Lunatic asylums United Provinces 1909-1921 - 1909-1921
Year: 1909
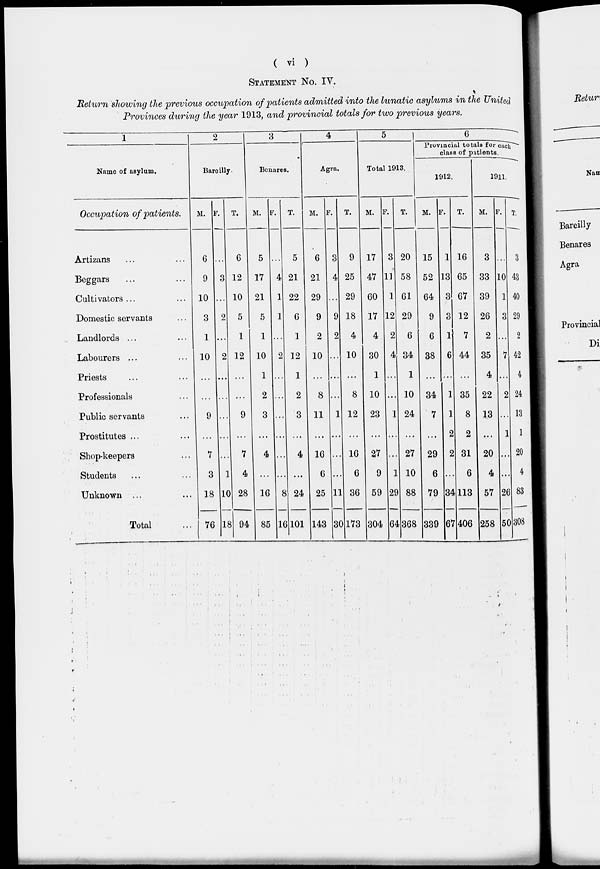
( vi )
STATEMENT NO. IV.
Return showing the previous occupation of patients admitted into the lunatic asylums in the United
Provinces during the year 1913, and provincial totals for two previous years.
1
1
2
3
4
5
|
6
IT*"
Bareilly.
Benares.
Agra.
Total 1913.
Provincial totals for
class of patients
cac
Name of asylum.
1912.
1911.
Occupation of patients.
M. F.
T.
M. F.
T.
M. F.
T.
M. ] F.
T.
M. F. ! T -
M. 1 F. T.
Artizans
6 .. . 6
5 .. . 5
6 { $ 9 17 3 20 15 1 16
3
3
Beggars
9 I 3 12 17 i % 21 21 * I 25 47 13 58 52 13 65 33 10 43
Cultivators ...
10 .. . 10 21 1 22 29 .. . 29 60 1 61 64 3 67 39 1 40
Domestic servants
3 2 5
5 1 6
9 9 18 17 12 29
9 3 12 26 3 29
Landlords ...
1 .. . 1
1 ..
1
2 2 4
4 2
i
6
6 1 7
2 ... 2
Labourers
10 2 12 10 2 12 10 .. . 10 30 4 34 38 6 44 35 7 42
Priests
... . . ...
1 .
1 ... . . ...
1
1 ... •
4
4
Professionals
... .
...
2 . . 2
8 . . 8 10 ... 10 34 1 35 22 2 24
Public servants
9 . .. 9
3 . .. 3 11 1 12 23 1 24 7 1 8 13 ... 13
Prostitutes ...
... .
... .
... .
...
...
2 2 ... 1 1
Shop-keepers
7 . .. 7
4 . .. 4 16 . .. 16 27 ... 27 29 2 31 20 ... 20
Students
3 1 4 ... .
6 . .. 6
9 1 10
6 . .. 6
4 ... 4
Unknown ...
18 1 10 28 16 8 24 25 ] .1 36 59 29 88 79 I 34113 57 26 83
Total
76 18 94 85 : L6101 143 I JO 173 304 64 <368 339 ( 37 406 258 5C 1308